Papers set at the Examination for Leaving Certificates, 1890
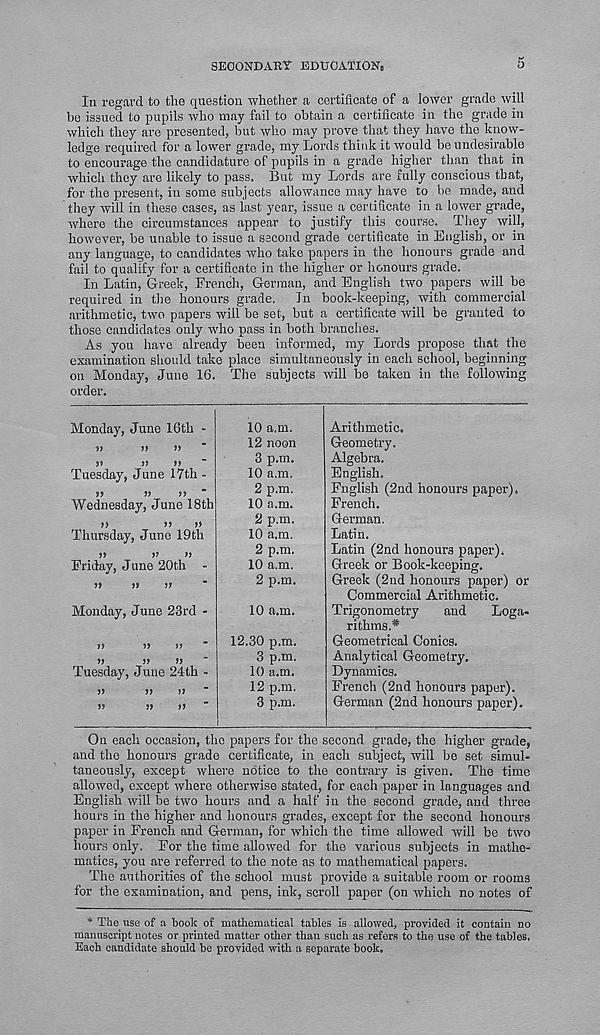
SEOONDAEt- EDUCATION,
5
In regard to tlie question whether a certificate of a lower grade will
be issued to pupils who may fail to obtain a certificate in the grade in
which they are presented, but who may prove that they have the know-
ledge required for a lower grade, my Lords think it would be undesirable
to encourage the candidature of pupils in a grade higher than that in
which they are likely to pass. But my Lords are fully conscious that,
for the present, in some subjects allowance may have to be made, and
they will in these cases, as last year, issue a certificate in a lower grade,
where the circumstances appear to justify this course. They will,
however, be unable to issue a second grade certificate in English, or in
any language, to candidates who take papers in the honours grade and
fail to qualify for a certificate in the higher or honours grade.
In Latin, Greek, French, German, and English two papers will be
required in the honours grade.
In book-keeping, with commercial
m-ithmetic, two papers will be set, but a certificate will be granted to
those candidates only who pass in both branches.
As you have already been informed, my Lords propose that the
examination should take place simultaneously in each school, beginning
on Monday, June 16. The subjects will bo taken in the following
order.
Monday, June 16th -
>>
»
J9
J>
>>
Tuesday, June 17th -
19
11
11
Wednesday, June 18th
>»
>)
»
Thursday, June 19th
11
11
11
Friday, June 20th -
11
19
19
Monday, June 23rd -
19
99
11
91
11
11
Tuesday, June 24th -
ii
»
10 a.m.
12 noon
3 p.m.
10 a.m.
2 p.m.
10 a.m.
2 p.m.
10 a.m.
2 p.m.
10 a.m.
2 p.m.
10 a.m.
12.30 p.m.
3 p.m.
10 a.m.
12 p.m.
3 p.m.
Arithmetic.
Geometry.
Algebra.
English.
Fnglish (2nd honours paper),
French.
German.
Latin.
Latin (2nd honours paper).
Greek or Book-keeping.
Greek (2nd honours paper) or
Commercial Arithmetic.
Trigonometry
and
Log.a-
rithms.*
Geometrical Conics.
Analytical Geometry.
Dynamics.
French (2nd honours paper).
German (2nd honours paper).
On each occasion, the papers for the second grade, the higher grade,
and the honours grade certificate, in each subject, will be set simul-
taneously, except where notice to the contrary is given. The time
allowed, except where otherwise stated, for each paper in languages and
English will be two hours and a half in the second grade, and three
hours in the higher and honours grades, except for the second honours
paper in French and German, for which the time allowed will be two
hours only. For the time allowed for the various subjects in mathe-
matics, you are referred to the note as to mathematical papers.
The authorities of the school must provide a suitable room or rooms
for the examination, and pens, ink, scroll paper (on which no notes of
* The use of a book of mathematical tables is allowed, provided it contain no
manuscript notes or printed matter other than such as refers to the use of the tables,
Each candidate should be provided with a separate hook.